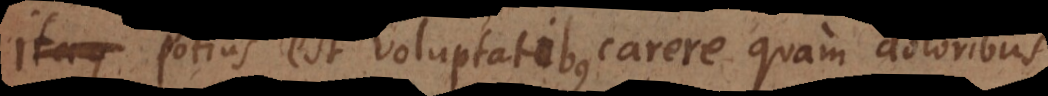
Itaque Potius est voluptatibus carere quam dolo